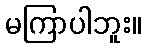
မကြာပါဘူး။